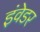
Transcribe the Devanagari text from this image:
इंवेडर